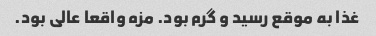
غذا به موقع رسید و گرم بود. مزه واقعا عالی بود.